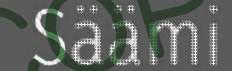
Säämi